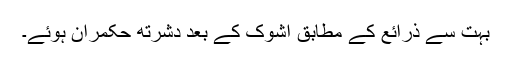
بہت سے ذرائع کے مطابق اشوک کے بعد دشرتھ حکمران ہوئے۔